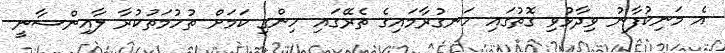
އެ މަނިކުފާނު ވިދާޅުވި ގޮތުގައި ހަނގުރާމައިގެ ތެރޭގައި ހިންގި ކަމަށް ތުހުމަތުކުރާ ލާއިންސާނީ